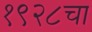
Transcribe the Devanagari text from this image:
१९२८चा